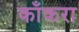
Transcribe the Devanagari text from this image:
काँकरा